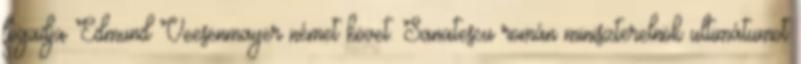
fogadja Edmund Veesenmayer német követ. Sanatescu román miniszterelnök ultimátumot